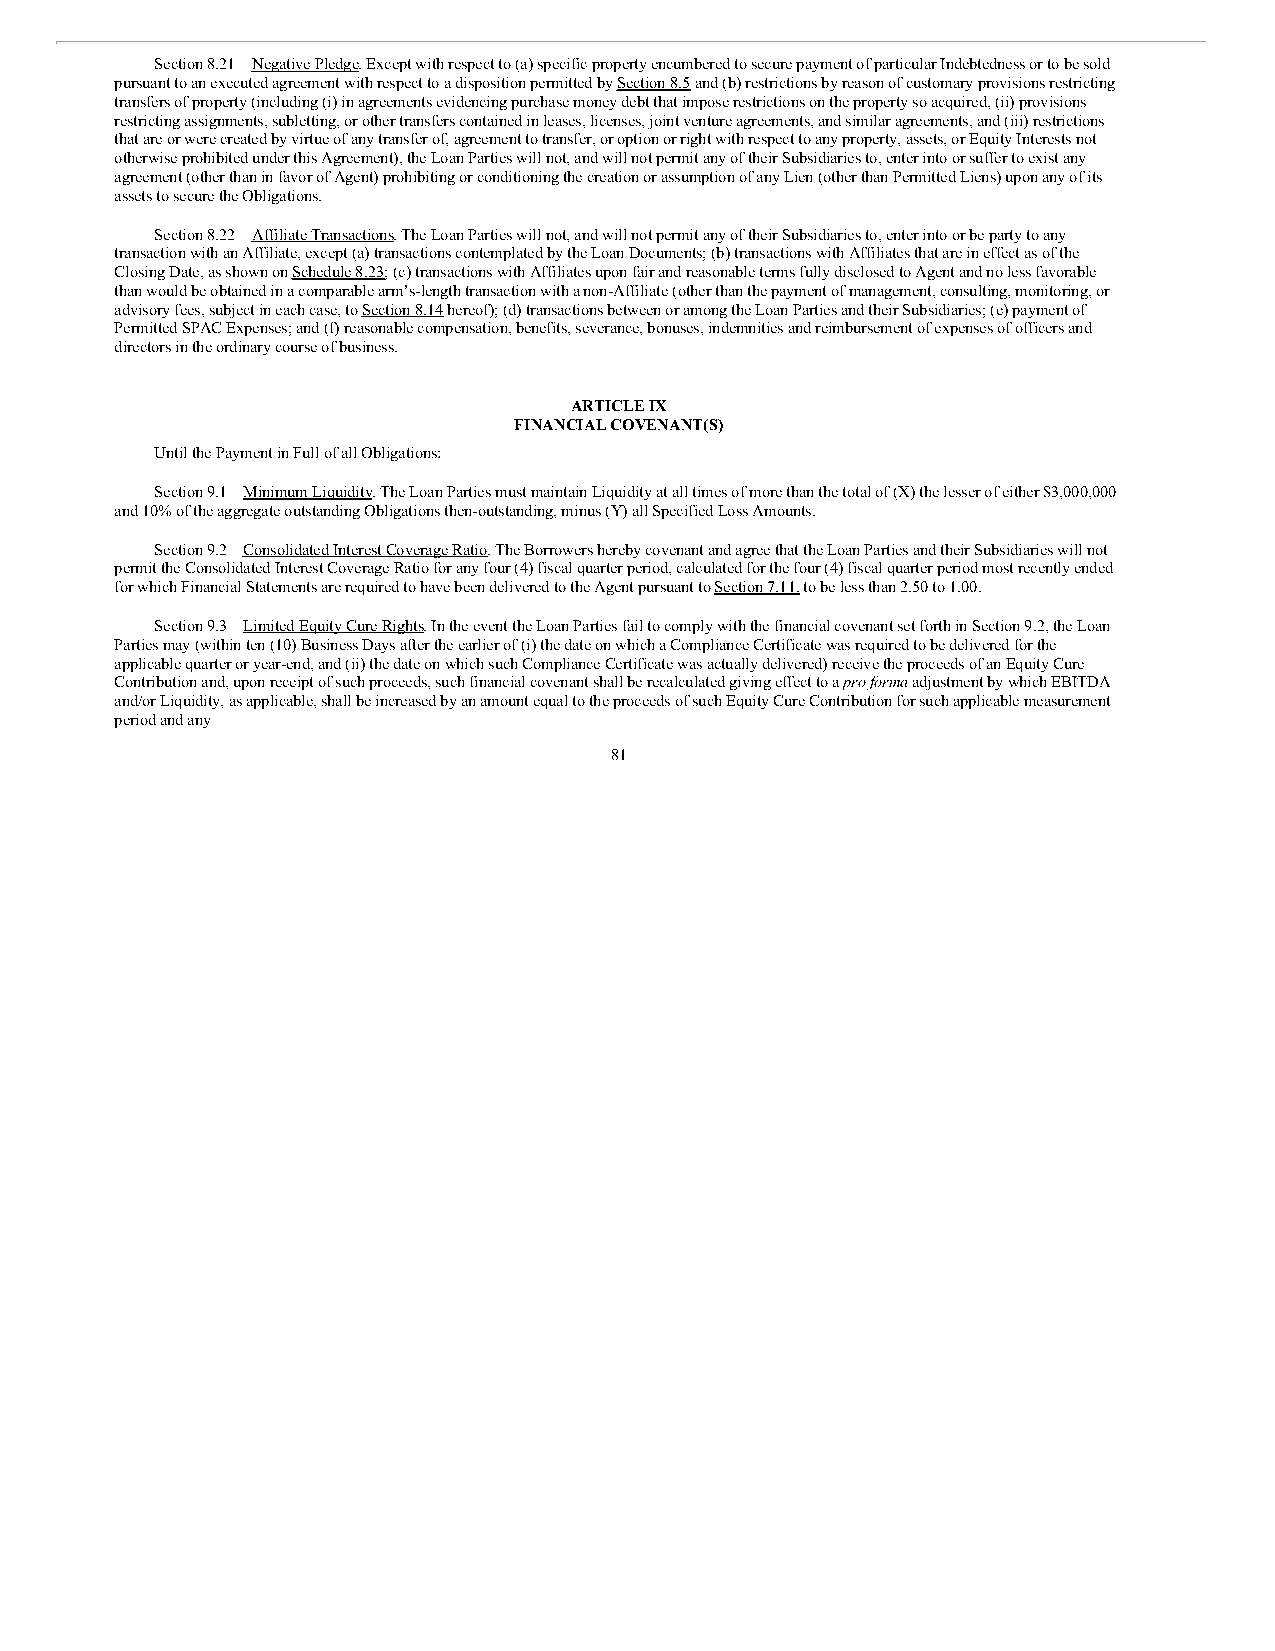
Section 8.21 Negative Pledge. Except with respect to (a) specific property encumbered to secure payment of particular Indebtedness or to be sold
 pursuant to an executed agreement with respect to a disposition permitted by Section 8.5 and (b) restrictions by reason of customary provisions restricting
 transfers of property (including (i) in agreements evidencing purchase money debt that impose restrictions on the property so acquired, (ii) provisions
 restricting assignments, subletting, or other transfers contained in leases, licenses, joint venture agreements, and similar agreements, and (iii) restrictions
 that are or were created by virtue of any transfer of, agreement to transfer, or option or right with respect to any property, assets, or Equity Interests not
 otherwise prohibited under this Agreement), the Loan Parties will not, and will not permit any of their Subsidiaries to, enter into or suffer to exist any
 agreement (other than in favor of Agent) prohibiting or conditioning the creation or assumption of any Lien (other than Permitted Liens) upon any of its
 assets to secure the Obligations.
 Section 8.22 Affiliate Transactions. The Loan Parties will not, and will not permit any of their Subsidiaries to, enter into or be party to any
 transaction with an Affiliate, except (a) transactions contemplated by the Loan Documents; (b) transactions with Affiliates that are in effect as of the
 Closing Date, as shown on Schedule 8.23; (c) transactions with Affiliates upon fair and reasonable terms fully disclosed to Agent and no less favorable
 than would be obtained in a comparable arm’s-length transaction with a non-Affiliate (other than the payment of management, consulting, monitoring, or
 advisory fees, subject in each case, to Section 8.14 hereof); (d) transactions between or among the Loan Parties and their Subsidiaries; (e) payment of
 Permitted SPAC Expenses; and (f) reasonable compensation, benefits, severance, bonuses, indemnities and reimbursement of expenses of officers and
 directors in the ordinary course of business.
 ARTICLE IX
 FINANCIAL COVENANT(S)
 Until the Payment in Full of all Obligations:
 Section 9.1 Minimum Liquidity. The Loan Parties must maintain Liquidity at all times of more than the total of (X) the lesser of either $3,000,000
 and 10% of the aggregate outstanding Obligations then-outstanding, minus (Y) all Specified Loss Amounts.
 Section 9.2 Consolidated Interest Coverage Ratio. The Borrowers hereby covenant and agree that the Loan Parties and their Subsidiaries will not
 permit the Consolidated Interest Coverage Ratio for any four (4) fiscal quarter period, calculated for the four (4) fiscal quarter period most recently ended
 for which Financial Statements are required to have been delivered to the Agent pursuant to Section 7.11, to be less than 2.50 to 1.00.
 Section 9.3 Limited Equity Cure Rights. In the event the Loan Parties fail to comply with the financial covenant set forth in Section 9.2, the Loan
 Parties may (within ten (10) Business Days after the earlier of (i) the date on which a Compliance Certificate was required to be delivered for the
 applicable quarter or year-end, and (ii) the date on which such Compliance Certificate was actually delivered) receive the proceeds of an Equity Cure
 Contribution and, upon receipt of such proceeds, such financial covenant shall be recalculated giving effect to a pro forma adjustment by which EBITDA
 and/or Liquidity, as applicable, shall be increased by an amount equal to the proceeds of such Equity Cure Contribution for such applicable measurement
 period and any
 81